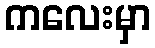
ကလေးမှာ